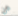
عن